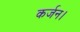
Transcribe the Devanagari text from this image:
कर्जन।